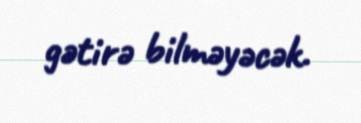
gətirə bilməyəcək.